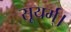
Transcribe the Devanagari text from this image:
सूयर्म्।